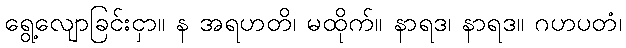
ရွေ့လျောခြင်းငှာ။ န အရဟတိ၊ မထိုက်။ နာရဒ၊ နာရဒ။ ဂဟပတံ၊